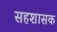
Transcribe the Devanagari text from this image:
सहशासक